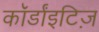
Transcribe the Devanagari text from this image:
कॉर्डांइटिज़